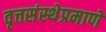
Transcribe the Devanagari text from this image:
वृत्तसंस्थेप्रमाणे